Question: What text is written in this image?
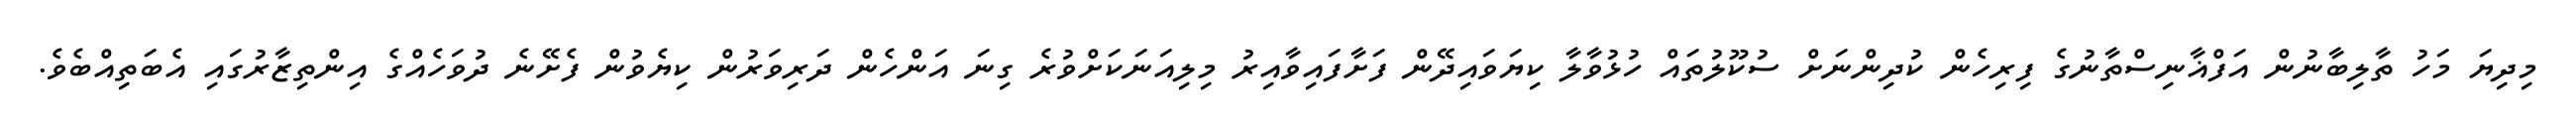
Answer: މިދިޔަ މަހު ތާލިބާނުން އަފްޣާނިސްތާނުގެ ފިރިހެން ކުދިންނަށް ސުކޫލުތައް ހުޅުވާލާ ކިޔަވައިދޭން ފަށާފައިވާއިރު މިލިއަނަކަށްވުރެ ގިނަ އަންހެން ދަރިވަރުން ކިޔެވުން ފެށޭނެ ދުވަހެއްގެ އިންތިޒާރުގައި އެބަތިއްބެވެ.